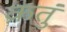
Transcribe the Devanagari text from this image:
क्रतुं